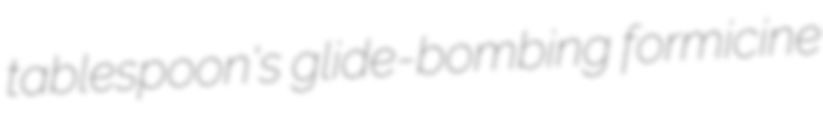
tablespoon's glide-bombing formicine